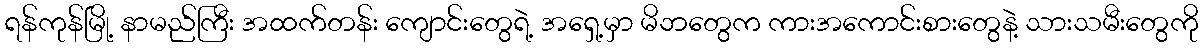
ရန်ကုန်မြို့ နာမည်ကြီး အထက်တန်း ကျောင်းတွေရဲ့ အရှေ့မှာ မိဘတွေက ကားအကောင်းစားတွေနဲ့ သားသမီးတွေကို